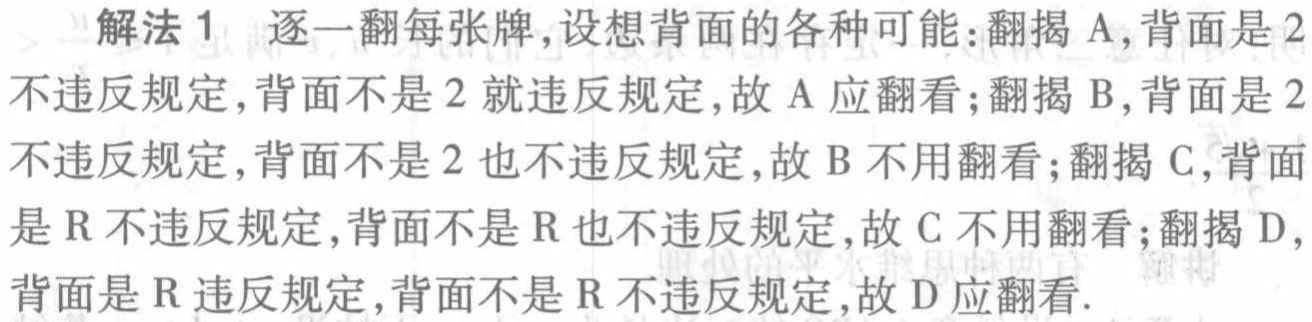
解法 1 逐一翻每张牌,设想背面的各种可能:翻揭 A,背面是 2不违反规定,背面不是 2 就违反规定,故 A 应翻看;翻揭 B,背面是 2不违反规定,背面不是 2 也不违反规定,故 B 不用翻看;翻揭 C,背面是 R 不违反规定,背面不是 R 也不违反规定,故 C 不用翻看;翻揭 D,背面是 R 违反规定,背面不是 R 不违反规定,故 D 应翻看.